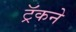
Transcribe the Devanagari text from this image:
ट्रॅकने